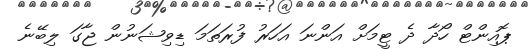
ޕޮއިންޓް ހޯދާ ދެ ޓީމަށް އަންނަ އަހަރު ފުރަތަމަ ޑިވިޝަނުން ޖާގަ ލިބޭނެ